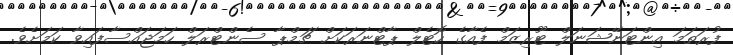
ފުރަތަމަ އިންޓަނޭޝަނަލް ޓޫރިޒަމް ފެއާގެ ހޮޓެލް ޕާޓްނަރަކަށް ޗަމްޕާ ސެންޓްރަލް ހަމަޖައްސާފައިވާ ކަމަށެވެ.